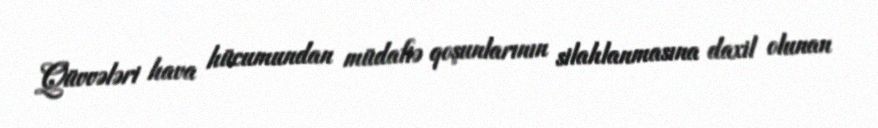
Qüvvələri hava hücumundan müdafiə qoşunlarının silahlanmasına daxil olunan